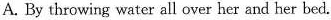
A. By throwing water all over her and her bed.